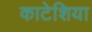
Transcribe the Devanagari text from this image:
काटेशिया